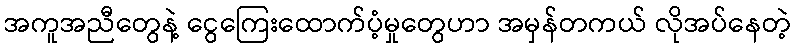
အကူအညီတွေနဲ့ ငွေကြေးထောက်ပံ့မှုတွေဟာ အမှန်တကယ် လိုအပ်နေတဲ့